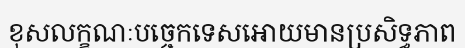
ខុសលក្ខណៈបច្ចេកទេសអោយមានប្រសិទ្ធភាព